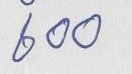
600